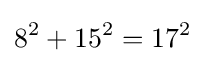
8^{2}+15^{2}=17^{2}